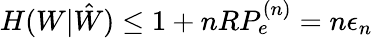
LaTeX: H(W|{\hat{W}})\leq 1+nRP_{e}^{(n)}=n\epsilon_{n}